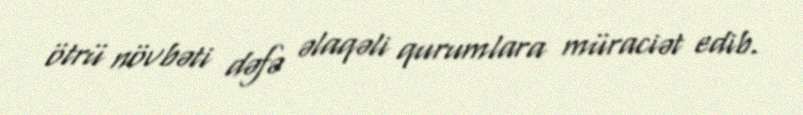
ötrü növbəti dəfə əlaqəli qurumlara müraciət edib.